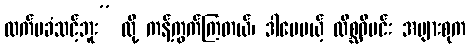
လက်မခံသင့်ဘူး” လို့ ကန့်ကွက်ကြတယ်၊ ဒါပေမယ့် လိစ္ဆဝီမင်း အများစုက